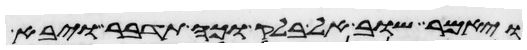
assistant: ויאמר שוב אל בלק וכה תדבר ויבא